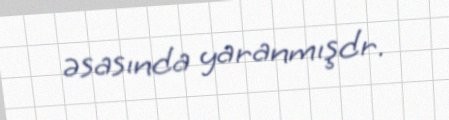
əsasında yaranmışdr.